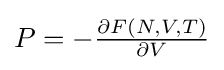
P=-{\tfrac {\partial F(N,V,T)}{\partial V}}